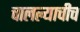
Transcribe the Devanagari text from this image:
चालल्याचीच